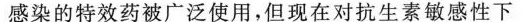
感染的特效药被广泛使用，但现在对抗生素敏感性下